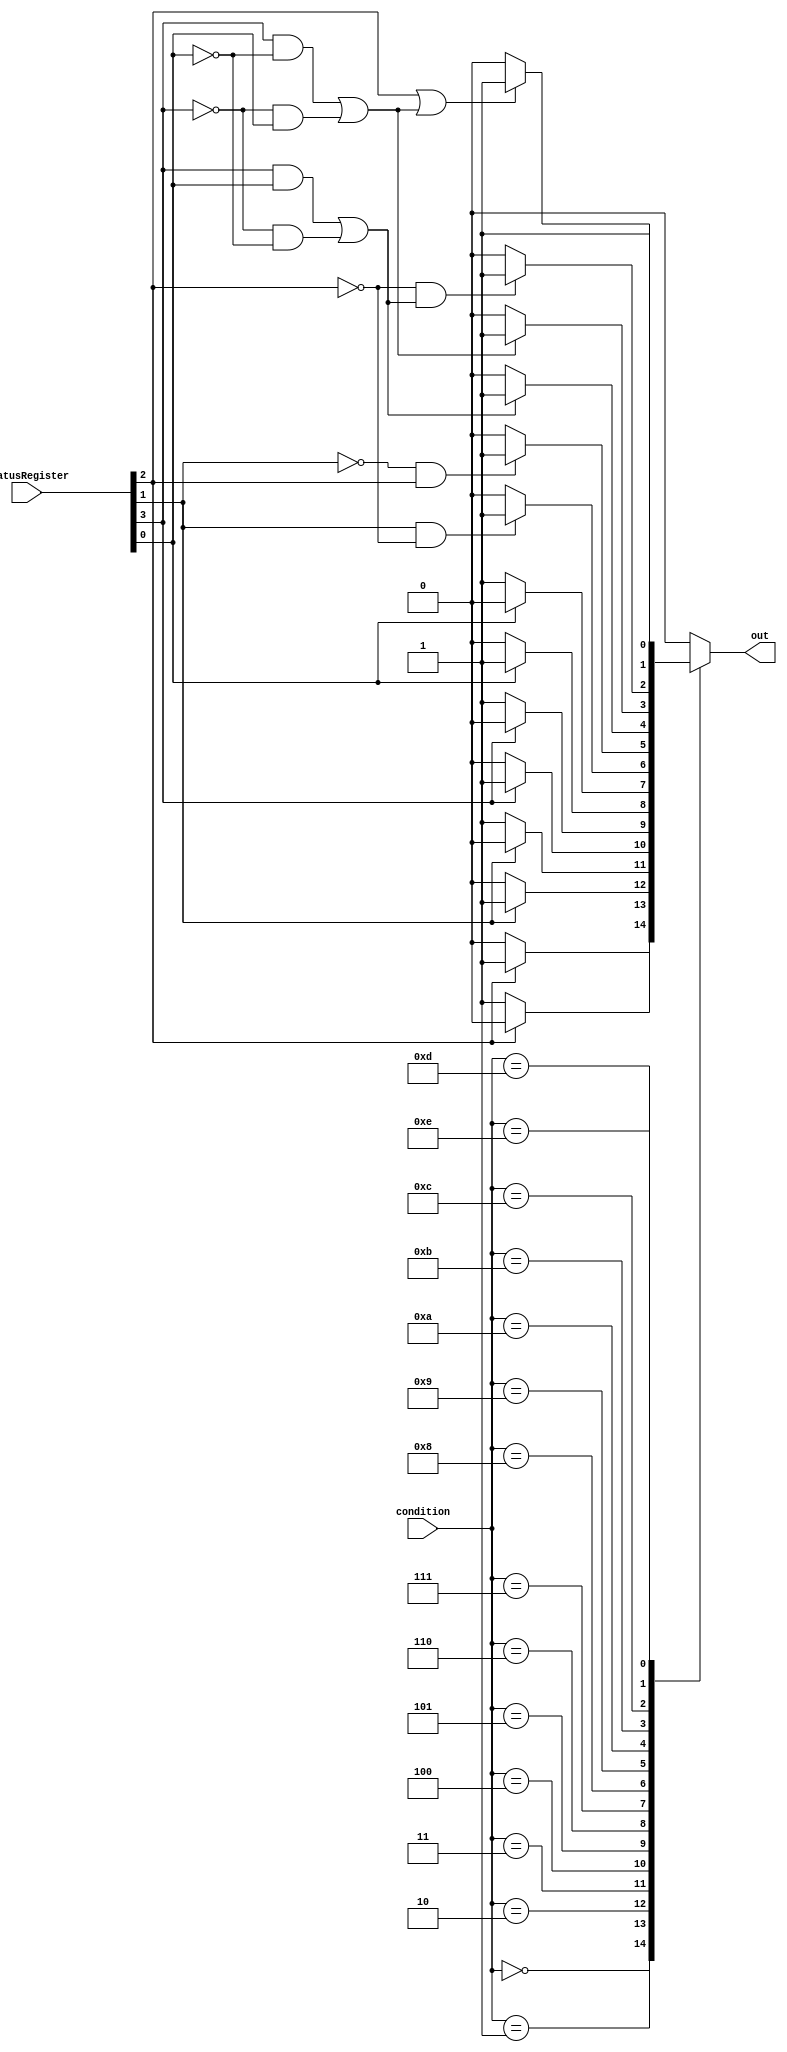
module ConditionCheck(condition, StatusRegister, out);//nzcv
  input [3:0] condition, StatusRegister;
  output reg out;

  always @(*) begin
      out = 1'b0;
      case (condition) 
        4'b0000: if(StatusRegister[2] == 1'b1) out = 1'b1;
        4'b0001: if(StatusRegister[2] == 1'b0) out = 1'b1;
        4'b0010: if(StatusRegister[1] == 1'b1) out = 1'b1;
        4'b0011: if(StatusRegister[1] == 1'b0) out = 1'b1;
        4'b0100: if(StatusRegister[3] == 1'b1) out = 1'b1;
        4'b0101: if(StatusRegister[3] == 1'b0) out = 1'b1;
        4'b0110: if(StatusRegister[0] == 1'b1) out = 1'b1;
        4'b0111: if(StatusRegister[0] == 1'b0) out = 1'b1;
        4'b1000: if(StatusRegister[1] == 1'b1 && StatusRegister[2] == 1'b0) out = 1'b1;
        4'b1001: if(StatusRegister[1] == 1'b0 && StatusRegister[2] == 1'b1) out = 1'b1;
        4'b1010: if((StatusRegister[3] == 1'b1 && StatusRegister[0] == 1'b1) || (StatusRegister[3] == 1'b0 && StatusRegister[0] == 1'b0)) out = 1'b1;
        4'b1011: if((StatusRegister[3] == 1'b1 && StatusRegister[0] == 1'b0) || (StatusRegister[3] == 1'b0 && StatusRegister[0] == 1'b1)) out = 1'b1;
        4'b1100: if(StatusRegister[2] == 1'b0 && ((StatusRegister[3] == 1'b1 && StatusRegister[0] == 1'b1) || (StatusRegister[3] == 1'b0 && StatusRegister[0] == 1'b0))) out = 1'b1;
        4'b1101: if(StatusRegister[2] == 1'b1 || ((StatusRegister[3] == 1'b1 && StatusRegister[0] == 1'b0) || (StatusRegister[3] == 1'b0 && StatusRegister[0] == 1'b1))) out = 1'b1;
        4'b1110: out = 1'b1;
      endcase
  end
endmodule